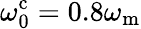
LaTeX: \omega_{\mathrm{0}}^{\mathrm{c}}=0.8\omega_{\mathrm{m}}